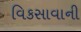
વિકસાવાની